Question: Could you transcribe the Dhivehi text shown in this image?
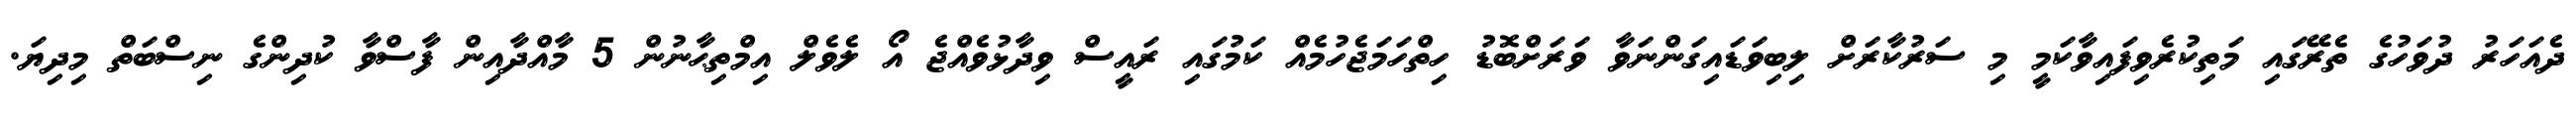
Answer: ދެއަހަރު ދުވަހުގެ ތެރޭގައި މަތިކުރެވިފައިވާކަމީ މި ސަރުކާރަށް ލިބިވަޑައިގަންނަވާ ވަރަށްބޮޑު ހިތްހަމަޖެހުމެއް ކަމުގައި ރައީސް ވިދާޅުވެއްޖެ އޯ ލެވެލް އިމްތިޙާނުން 5 މާއްދާއިން ފާސްވާ ކުދިންގެ ނިސްބަތް މިދިޔަ.